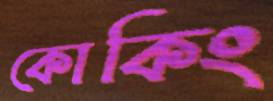
কোকিং